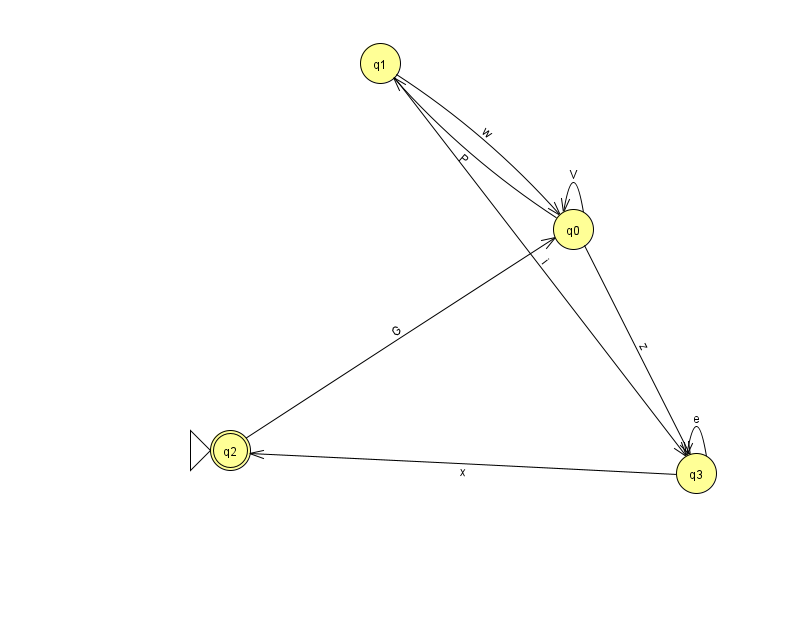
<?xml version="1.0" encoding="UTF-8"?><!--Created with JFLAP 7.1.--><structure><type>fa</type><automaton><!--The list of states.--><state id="0" name="q0"><x>573.0</x><y>216.0</y></state><state id="1" name="q1"><x>380.0</x><y>50.0</y></state><state id="2" name="q2"><x>230.0</x><y>437.0</y><initial/><final/></state><state id="3" name="q3"><x>696.0</x><y>460.0</y></state><!--The list of transitions.--><transition><from>1</from><to>3</to><read>i</read></transition><transition><from>3</from><to>3</to><read>e</read></transition><transition><from>0</from><to>0</to><read>V</read></transition><transition><from>2</from><to>0</to><read>G</read></transition><transition><from>1</from><to>0</to><read>w</read></transition><transition><from>0</from><to>1</to><read>P</read></transition><transition><from>3</from><to>2</to><read>x</read></transition><transition><from>0</from><to>3</to><read>z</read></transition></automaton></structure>